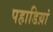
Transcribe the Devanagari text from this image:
पहाडिय़ां